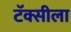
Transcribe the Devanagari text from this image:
टॅक्सीला